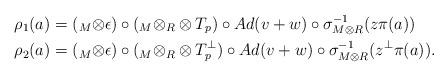
LaTeX: \begin{align*}\rho_1(a) &= (_M \otimes \epsilon)\circ(_M\otimes_R \otimes T_p)\circ Ad(v+w)\circ\sigma_{M\otimes R}^{-1}(z\pi(a))\\\rho_2(a) & = (_M \otimes \epsilon)\circ(_M\otimes_R \otimes T_p^{\perp})\circ Ad(v+w)\circ\sigma_{M\otimes R}^{-1}(z^{\perp}\pi(a)).\end{align*}